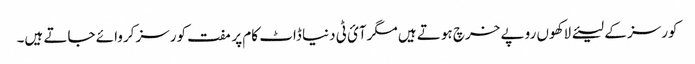
کورسز کے لیئے لاکھوں روپے خرچ ہوتے ہیں مگرآئ ٹی دنیا ڈاٹ کام پر مفت کورسز کروائے جاتے ہیں۔